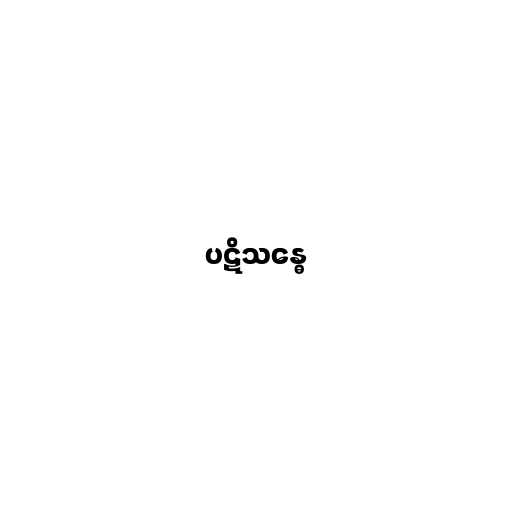
ပဋိသန္ဓေ